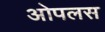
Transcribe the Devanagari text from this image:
ओपलस